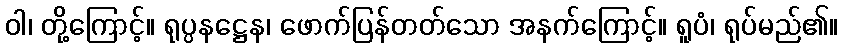
ဝါ၊ တို့ကြောင့်။ ရုပ္ပနဋ္ဌေန၊ ဖောက်ပြန်တတ်သော အနက်ကြောင့်။ ရူပံ၊ ရုပ်မည်၏။